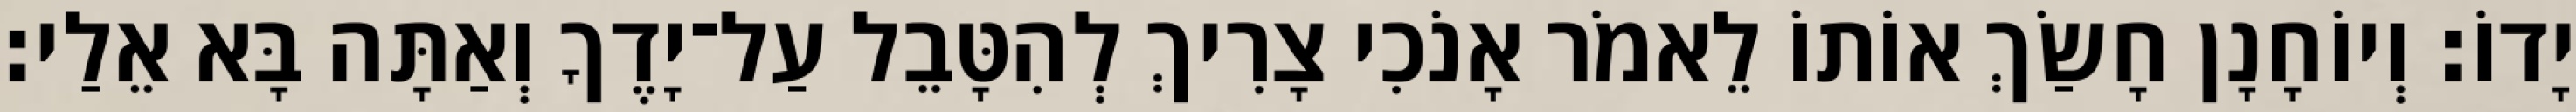
יָדוֹ׃ וְיוֹחָנָן חָשַׂךְ אוֹתוֹ לֵאמֹר אָנֹכִי צָרִיךְ לְהִטָּבֵל עַל־יָדֶךָ וְאַתָּה בָּא אֵלַי׃